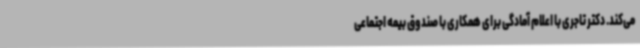
می‌کند. دکتر تاجری با اعلام آمادگی برای همکاری با صندوق بیمه اجتماعی